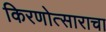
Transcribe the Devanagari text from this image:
किरणोत्साराचा